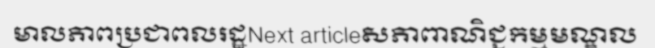
មាលភាពប្រជាពលរដ្ឋNext articleសភាពាណិជ្ជកម្មមណ្ឌល